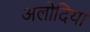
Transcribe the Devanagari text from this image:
अलोदिया